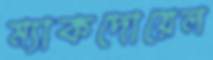
ম্যাকদোয়েল